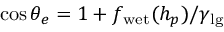
\cos \theta _ { e } = 1 + f _ { \mathrm { w e t } } ( h _ { p } ) / \gamma _ { \mathrm { l g } }